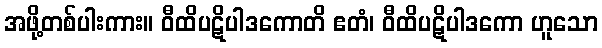
အဖို့တစ်ပါးကား။ ဝီထိပဋိပါဒကောတိ ဧတံ၊ ဝီထိပဋိပါဒကော ဟူသော